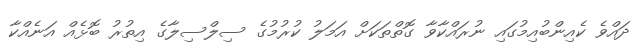
ދައްވެ ކެއިންބުއިމުގައި ނުރައްކާވާ ގޮތްތަކަށް އަމަލު ކުރުމުގެ ސިލްސިލާގެ އިތުރު ބޮޅެއް އަނެއްކާ